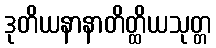
ဒုတိယနာနာတိတ္ထိယသုတ္တ